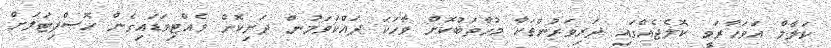
ކަލާމް އަވަހާރަވީ ކޮލެޖެއްގައި ދަރިވަރުންތަކާ މުޚާތަބުކޮށް ވާހަކަ ދައްކަވަމުން ދަނިކޮށް ވެއްޓިވަޑައިގެން ހޮސްޕިޓަލަށް